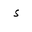
Letter: _hamza